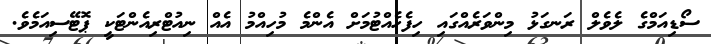
ސޯޑިއަމްގެ ލެވެލް ރަނގަޅު މިންވަރެއްގައި ހިފެހެއްޓުމަށް އެންމެ މުހިއްމު އެއް ނިއުޓްރިއެންޓަކީ ޕޮޓޭސިއަމެވެ.